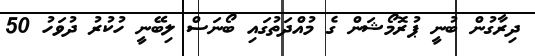
ދިރާގުން ބުނީ ޕުރޮމޯޝަން ގެ މުއްދަތުގައި ބޯނަސް ލިބޭނީ ހުކުރު ދުވަހު 50